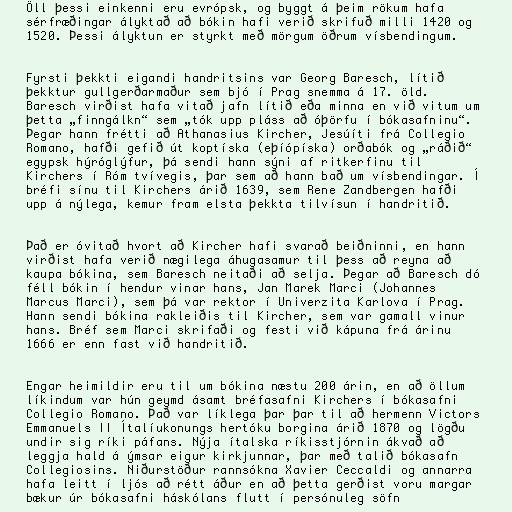
Öll þessi einkenni eru evrópsk, og byggt á þeim rökum hafa
sérfræðingar ályktað að bókin hafi verið skrifuð milli 1420 og
1520. Þessi ályktun er styrkt með mörgum öðrum vísbendingum.

Fyrsti þekkti eigandi handritsins var Georg Baresch, lítið
þekktur gullgerðarmaður sem bjó í Prag snemma á 17. öld.
Baresch virðist hafa vitað jafn lítið eða minna en við vitum um
þetta „finngálkn“ sem „tók upp pláss að óþörfu í bókasafninu“.
Þegar hann frétti að Athanasius Kircher, Jesúíti frá Collegio
Romano, hafði gefið út koptíska (eþíópíska) orðabók og „ráðið“
egypsk hýróglýfur, þá sendi hann sýni af ritkerfinu til
Kirchers í Róm tvívegis, þar sem að hann bað um vísbendingar. Í
bréfi sínu til Kirchers árið 1639, sem Rene Zandbergen hafði
upp á nýlega, kemur fram elsta þekkta tilvísun í handritið.

Það er óvitað hvort að Kircher hafi svarað beiðninni, en hann
virðist hafa verið nægilega áhugasamur til þess að reyna að
kaupa bókina, sem Baresch neitaði að selja. Þegar að Baresch dó
féll bókin í hendur vinar hans, Jan Marek Marci (Johannes
Marcus Marci), sem þá var rektor í Univerzita Karlova í Prag.
Hann sendi bókina rakleiðis til Kircher, sem var gamall vinur
hans. Bréf sem Marci skrifaði og festi við kápuna frá árinu
1666 er enn fast við handritið.

Engar heimildir eru til um bókina næstu 200 árin, en að öllum
líkindum var hún geymd ásamt bréfasafni Kirchers í bókasafni
Collegio Romano. Það var líklega þar þar til að hermenn Victors
Emmanuels II Ítalíukonungs hertóku borgina árið 1870 og lögðu
undir sig ríki páfans. Nýja ítalska ríkisstjórnin ákvað að
leggja hald á ýmsar eigur kirkjunnar, þar með talið bókasafn
Collegiosins. Niðurstöður rannsókna Xavier Ceccaldi og annarra
hafa leitt í ljós að rétt áður en að þetta gerðist voru margar
bækur úr bókasafni háskólans flutt í persónuleg söfn